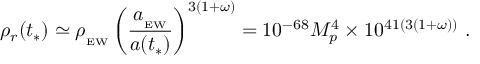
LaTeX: \rho _ { r } ( t _ { * } ) \simeq \rho _ { _ \mathrm { E W } } \left( { \frac { a _ { _ \mathrm { E W } } } { a ( t _ { * } ) } } \right) ^ { 3 ( 1 + \omega ) } = 1 0 ^ { - 6 8 } M _ { p } ^ { 4 } \times 1 0 ^ { 4 1 ( 3 ( 1 + \omega ) ) } \ .